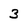
Character: 3